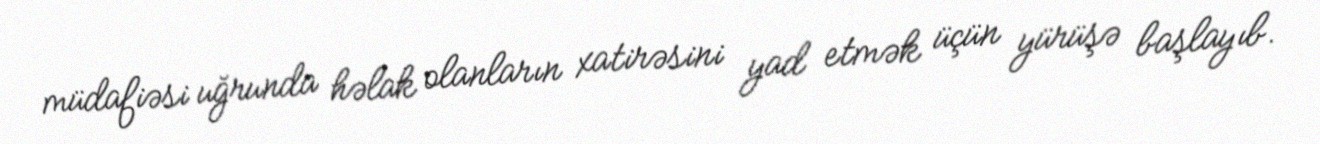
müdafiəsi uğrunda həlak olanların xatirəsini yad etmək üçün yürüşə başlayıb.